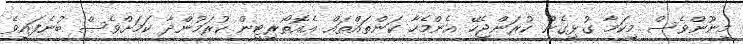
މިނޫންވެސް މިކަމާ ގުޅިގެން ކުރަންޖެހޭ އެންމެހާ ކަންތައްތައް އެއޮތޯރިޓީން ކުރަމުންދާ ކަމަށްވެސް ބުނެފައިވެ